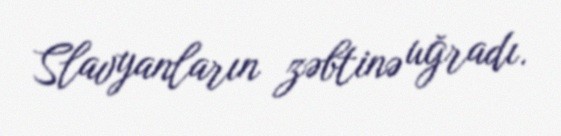
Slavyanların zəbtinə uğradı.